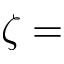
\zeta =